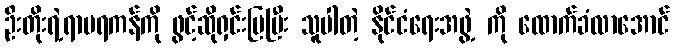
ဦးတိုးရဲ့ရာမရကန်ကို ဖွင့်ဆိုရှင်းပြပြီး သူပါတဲ့ နိုင်ငံရေးအဖွဲ့ ကို ထောက်ခံလာအောင်